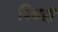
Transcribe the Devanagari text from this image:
पिथरी